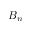
B _ { n }